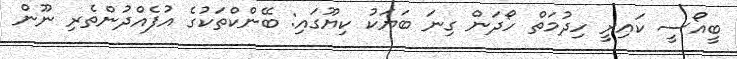
ބީއޯސީ ކައިރީ ހިދުމަތް ހޯދަން ގިނަ ބަޔަކު ކިޔޫގައި: ބޭންކްތަކުގެ އުފެއްދުންތެރި ނޫން